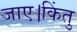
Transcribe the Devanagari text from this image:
जाए।किंतु